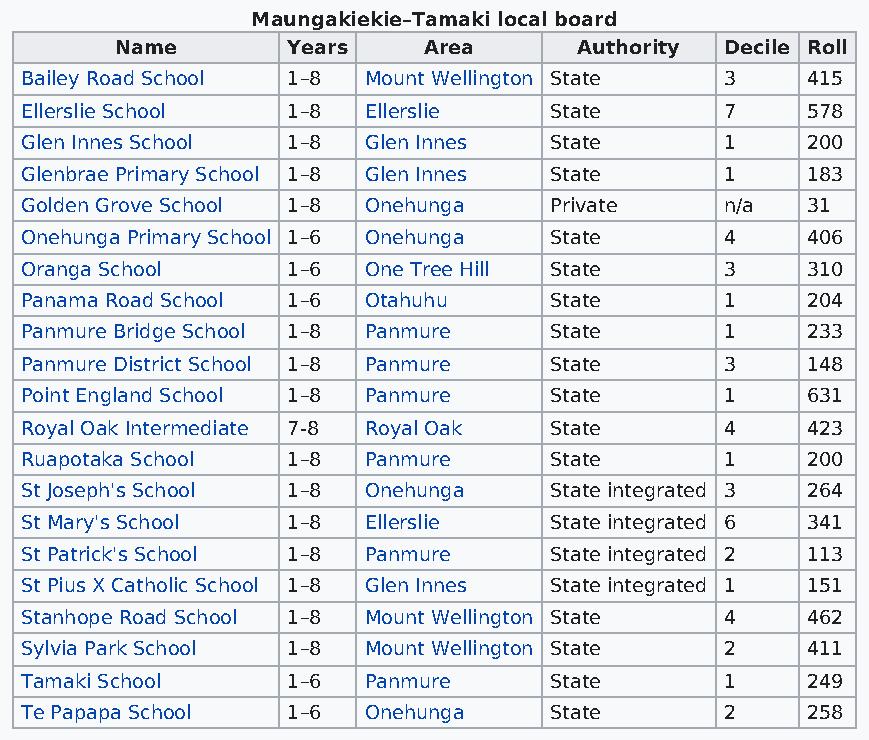
Maungakiekie–Tamaki local board
 Name       Years    Area      Authority Decile Roll
 Bailey Road School 1–8 Mount Wellington State  3    415
 Ellerslie School  1–8  Ellerslie   State       7    578
 Glen Innes School 1–8  Glen Innes  State       1    200
 Glenbrae Primary School 1–8 Glen Innes State   1    183
 Golden Grove School 1–8 Onehunga   Private     n/a  31
 Onehunga Primary School 1–6 Onehunga State     4    406
 Oranga School     1–6  One Tree Hill State     3    310
 Panama Road School 1–6 Otahuhu     State       1    204
 Panmure Bridge School 1–8 Panmure  State       1    233
 Panmure District School 1–8 Panmure State      3    148
 Point England School 1–8 Panmure   State       1    631
 Royal Oak Intermediate 7-8 Royal Oak State     4    423
 Ruapotaka School  1–8  Panmure     State       1    200
 St Joseph's School 1–8 Onehunga    State integrated 3 264
 St Mary's School  1–8  Ellerslie   State integrated 6 341
 St Patrick's School 1–8 Panmure    State integrated 2 113
 St Pius X Catholic School 1–8 Glen Innes State integrated 1 151
 Stanhope Road School 1–8 Mount Wellington State 4   462
 Sylvia Park School 1–8 Mount Wellington State  2    411
 Tamaki School     1–6  Panmure     State       1    249
 Te Papapa School  1–6  Onehunga    State       2    258